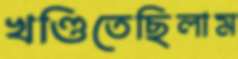
খণ্ডিতেছিলাম